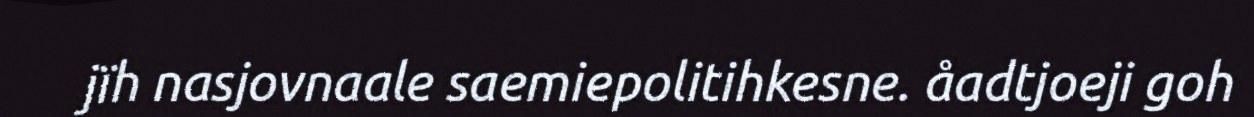
jïh nasjovnaale saemiepolitihkesne. åadtjoeji goh